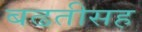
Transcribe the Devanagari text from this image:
बढतीसह